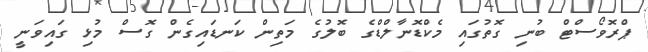
ޕްރޮވޯސްޓް ބުނި ގޮތުގައި މެކްޑޮނާލްޑްގެ ބޮލުގެ މަތިން ކަނޑައިގެން ގޮސް މުޅި ގައިވަނީ